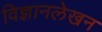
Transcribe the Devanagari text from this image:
विज्ञानलेखन